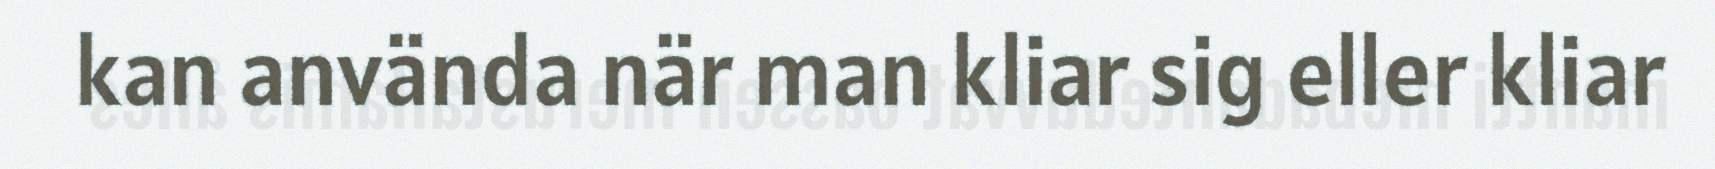
kan använda när man kliar sig eller kliar